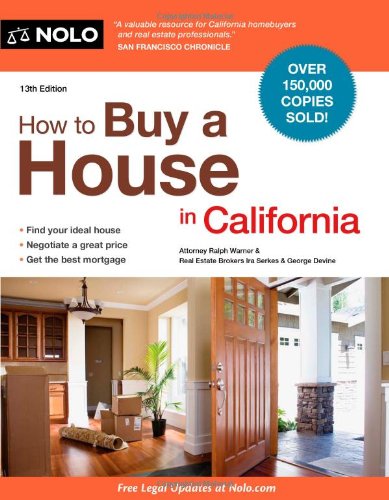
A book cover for How to Buy a House in California; Ralph Warner Attorney; Law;